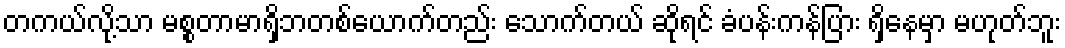
တကယ်လို့သာ မစ္စတာမာရှိဘတစ်ယောက်တည်း သောက်တယ် ဆိုရင် ခံပန်းကန်ပြား ရှိနေမှာ မဟုတ်ဘူး